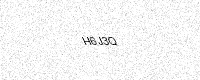
Text: H6J3Q